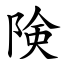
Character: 険